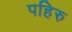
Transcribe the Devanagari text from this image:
पहिरु